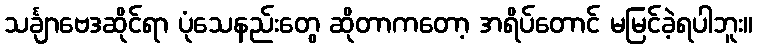
သင်္ချာဗေဒဆိုင်ရာ ပုံသေနည်းတွေ ဆိုတာကတော့ အရိပ်တောင် မမြင်ခဲ့ရပါဘူး။